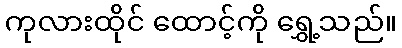
ကုလားထိုင် ထောင့်ကို ရွှေ့သည်။